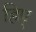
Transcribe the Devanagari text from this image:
हिप्